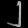
Digit: ၂